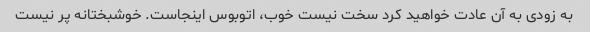
به زودی به آن عادت خواهید کرد سخت نیست خوب، اتوبوس اینجاست. خوشبختانه پر نیست